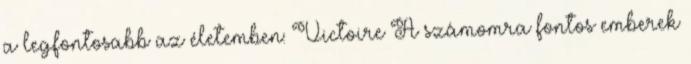
a legfontosabb az életemben: Victoire A számomra fontos emberek